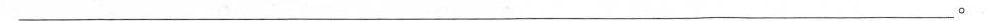
__________________________________________。